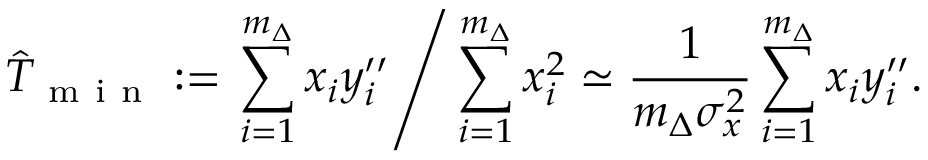
\hat { T } _ { \mathrm { ~ m ~ i ~ n ~ } } : = \left. \sum _ { i = 1 } ^ { m _ { \Delta } } x _ { i } y _ { i } ^ { \prime \prime } \right/ \sum _ { i = 1 } ^ { m _ { \Delta } } x _ { i } ^ { 2 } \simeq \frac { 1 } { m _ { \Delta } \sigma _ { x } ^ { 2 } } \sum _ { i = 1 } ^ { m _ { \Delta } } x _ { i } y _ { i } ^ { \prime \prime } .